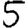
Digit: 5